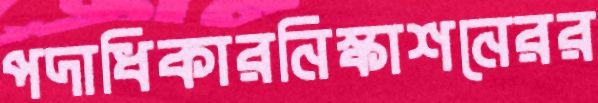
পদাধিকারনিস্কাশনেরর